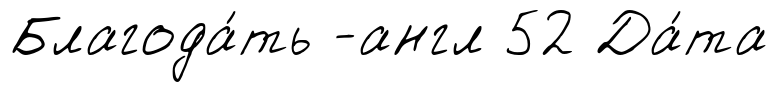
Благода́ть -англ 52 Да́та